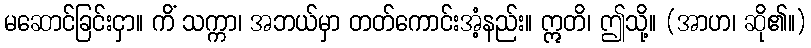
မဆောင်ခြင်းငှာ။ ကိံ သက္ကာ၊ အဘယ်မှာ တတ်ကောင်းအံ့နည်း။ ဣတိ၊ ဤသို့။ (အာဟ၊ ဆို၏။)